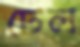
টেল